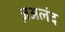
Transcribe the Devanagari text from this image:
ज़अलंद